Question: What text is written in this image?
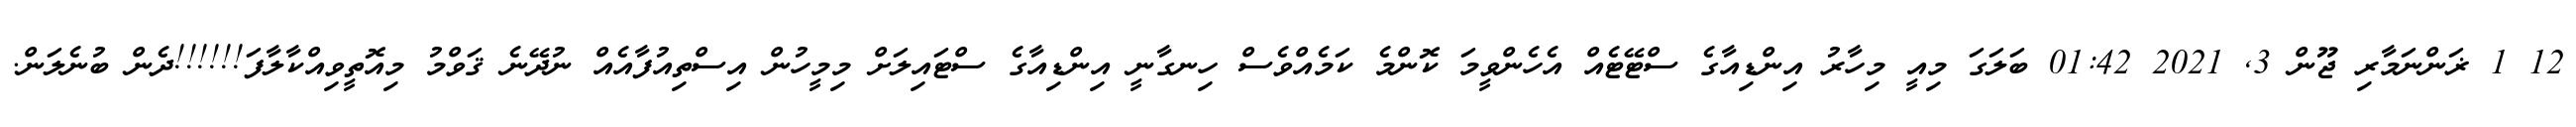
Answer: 12 1 ޜަންނަމާރި ޖޫން 3, 2021 01:42 ބަލަގަ މިއީ މިހާރު އިންޑިއާގެ ސްޓޭޓެއް އެހެންވީމަ ކޮންމެ ކަމެއްވެސް ހިނގާނީ އިންޑިއާގެ ސްޓައިލަށް މިމީހުން އިސްތިއުފާއެއް ނުދޭނެ ޤަވްމު މިއޮތީވިއްކާލާފަ!!!!!!ދެން ބުނެލަން.